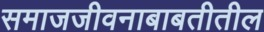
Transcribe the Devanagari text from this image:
समाजजीवनाबाबतीतील